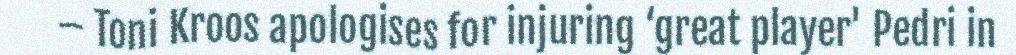
– Toni Kroos apologises for injuring ‘great player' Pedri in